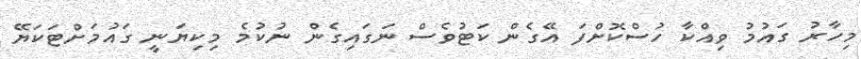
މިހާރު ގައުމު ވިއްކާ ހުސްކޮށްްފަ އޭގެން ކަޓުވެސް ނަގައިގެން ނުކުމެ މިކިޔަނީ ގަައުމަށްޓަކަޔޭ